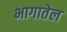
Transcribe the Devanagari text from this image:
भागातेल